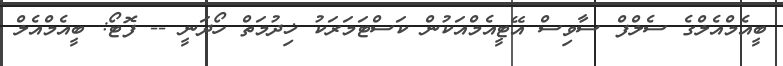
ބީއެމްއެލްގެ ސެލްފް ސާވިސް އޭޓީއެމްއަކުން ކަސްޓަމަރަކު ޚިދުމަތް ހޯދަނީ -- ފޮޓޯ: ބީއެމްއެލް